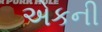
એકની